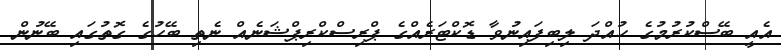
އެއީ ބޭސްކުރުމުގެ ހުއްދަ ލިބިފައިނުވާ ޑޮކްޓަރެއްގެ ޕްރިސްކްރިޕްޝަނެއް ނެތި ބޭހުގެ ގޮތުގައި ބޭނުން